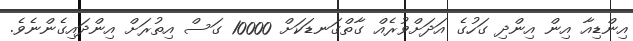
އިންޑިއާ އިން އިންދި ގަހުގެ އަދަށްވުރެއް ގާތްގަނޑަކަށް 10000 ގަސް އިތުރަށް އިންދައިގެންނެވެ.